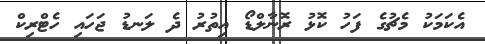
އެކަމަކު މެޗުގެ ފަހު ކޮޅު ރޮނާލްޑޯ އިތުރު ދެ ލަނޑު ޖަހައި ހެޓްރިކް